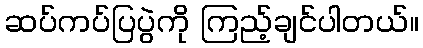
ဆပ်ကပ်ပြပွဲကို ကြည့်ချင်ပါတယ်။